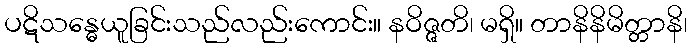
ပဋိသန္ဓေယူခြင်းသည်လည်းကောင်း။ နဝိဇ္ဇတိ၊ မရှိ။ တာနိနိမိတ္တာနိ၊